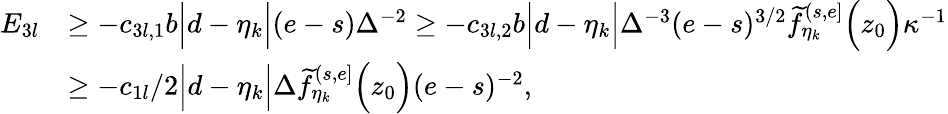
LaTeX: \begin{array}{rl}{E_{3l}}&{\geq-c_{3l,1}b\Big|d-\eta_{k}\Big|(e-s)\Delta^{-2}\geq-c_{3l,2}b\Big|d-\eta_{k}\Big|\Delta^{-3}(e-s)^{3/2}\widetilde{f}_{\eta_{k}}^{(s,e]}\Big(z_{0}\Big)\kappa^{-1}}\\ &{\geq-c_{1l}/2\Big|d-\eta_{k}\Big|\Delta\widetilde{f}_{\eta_{k}}^{(s,e]}\Big(z_{0}\Big)(e-s)^{-2},}\end{array}